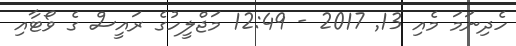
ހެދިނަމަ މެއި 13